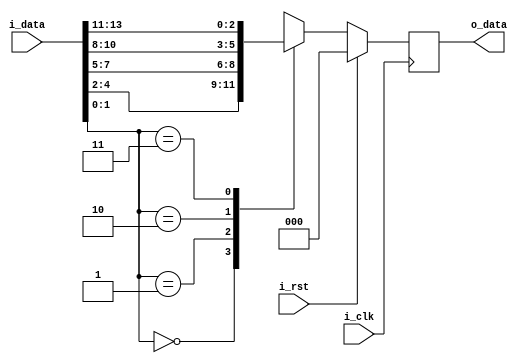
module problem6(
  input i_clk,
  input i_rst,
  input [15:0] i_data,
  output reg [2:0] o_data
);

  always @(posedge i_clk) begin
    if(i_rst) begin
      o_data = 3'b000;
    end else begin
      case(i_data[1:0])
        2'b00 : o_data = i_data[4:2];
        2'b01 : o_data = i_data[7:5];
        2'b10 : o_data = i_data[10:8];
        2'b11 : o_data = i_data[13:11];
      endcase
    end
  end

endmodule